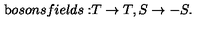
{ \mathrm b o s o n s f i e l d s : } T \to T , S \to - S .